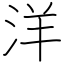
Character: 洋